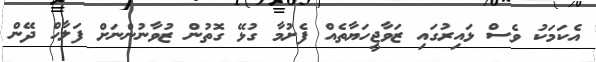
އެކަމަކު ވެސް ޅައިރުގައި ޒަވާޖީހަޔާތެއް ފެށުމާ ގުޅޭ ގޮތުން ޒުވާނުންނަށް ފަލާހް ދޭން